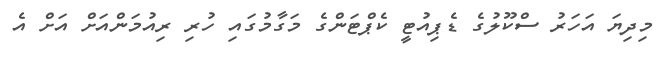
މިދިޔަ އަހަރު ސްކޫލުގެ ޑެޕިއުޓީ ކެޕްޓަންގެ މަގާމުގައި ހުރި ރިއުމަންއަށް އަށް އެ